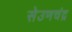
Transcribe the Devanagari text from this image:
सेउणचंद्र